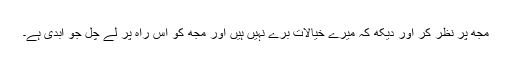
مجھ پر نظر کر اور دیکھ کہ میرے خیالات بُرے نہیں ہیں اور مجھ کو اُس راہ پر لے چل جو ابدی ہے۔